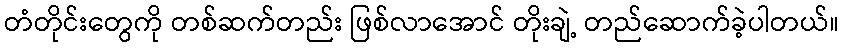
တံတိုင်းတွေကို တစ်ဆက်တည်း ဖြစ်လာအောင် တိုးချဲ့ တည်ဆောက်ခဲ့ပါတယ်။